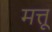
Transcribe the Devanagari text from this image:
मत्तू